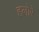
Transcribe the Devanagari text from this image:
हलोरे